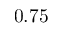
0 . 7 5